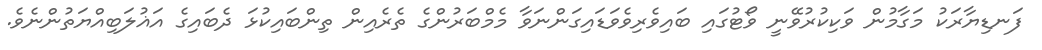
ފަނޑިޔާރަކު މަގާމުން ވަކިކުރުވޭނީ ވޯޓުގައި ބައިވެރިވެވަޑައިގަންނަވާ މެމްބަރުންގެ ތެރެއިން ތިންބައިކުޅަ ދެބައިގެ އަޣުލަބިއްޔަތުންނެވެ.